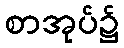
စာအုပ်၌